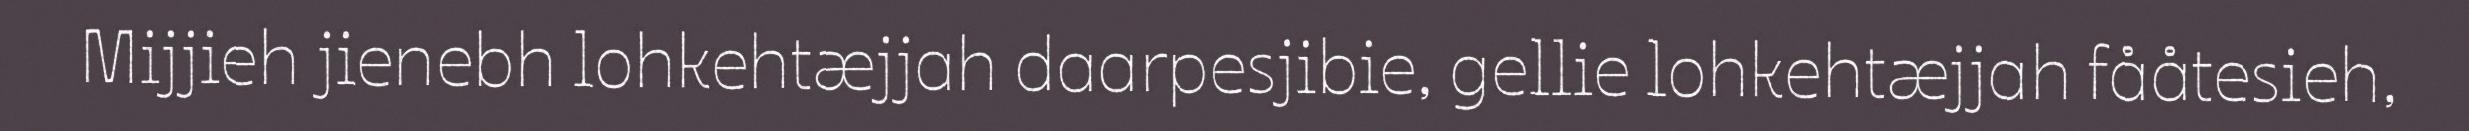
Mijjieh jienebh lohkehtæjjah daarpesjibie, gellie lohkehtæjjah fååtesieh,